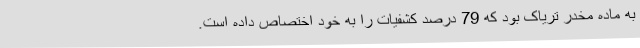
به ماده مخدر تریاک بود که 79 درصد کشفیات را به خود اختصاص داده است.